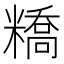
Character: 𥼱